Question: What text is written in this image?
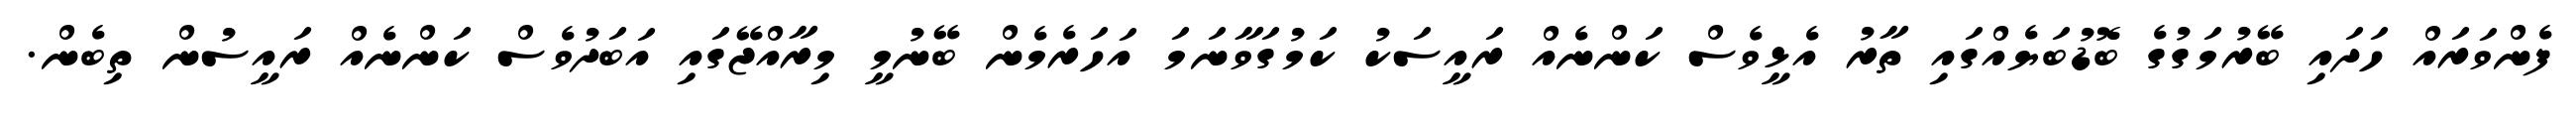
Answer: ފެންވަރައް ހަދައި ބޭރުމަގުގެ ބޮޑުބަޔެއްގައި ތާރު އެޅީވެސް ކަންނެއް ރައީސަކު ކަމުގަވާނަމަ އަހަރެމެން ބޭނުމީ މިރާއްޖޭގައި އަބަދުވެސް ކަންނެއް ރައީސުން ތިބެން.